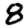
Digit: 8